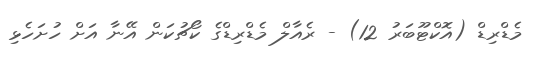
މެޑްރިޑް (އޮކްޓޫބަރު 12) - ރެއާލް މެޑްރިޑްގެ ކޯޗުކަން އޭނާ އަށް ހުށަހެޅި